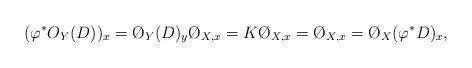
LaTeX: \begin{align*}(\varphi^*O_Y(D))_x=\O_Y(D)_y\O_{X,x}=K\O_{X,x}=\O_{X,x}=\O_X(\varphi^*D)_x,\end{align*}